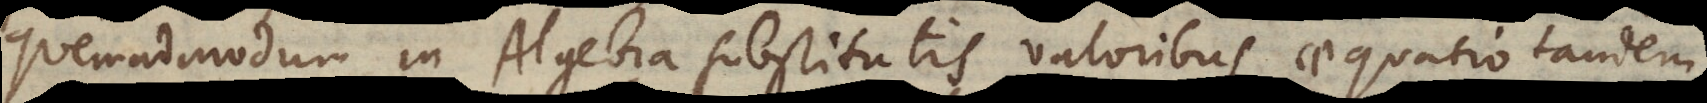
quemadmodum in Algebra substitutis valoribus aequatio tandem